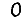
Digit: 0